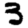
Digit: 3